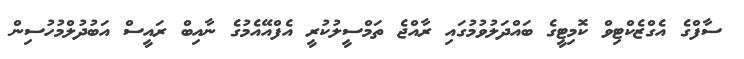
ސާފްގެ އެގްޒެކްޓިވް ކޮމިޓީގެ ބައްދަލުވުމުގައި ރާއްޖެ ތަމްސީލުކުރީ އެފްއޭއެމުގެ ނާއިބް ރައީސް އަބުދުލްމުހުސިން